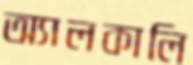
অ্যালকালি